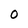
Character: O